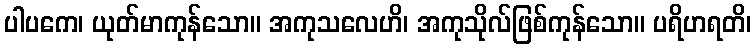
ပါပကေ၊ ယုတ်မာကုန်သော။ အကုသလေဟိ၊ အကုသိုလ်ဖြစ်ကုန်သော။ ပရိဟရတိ၊